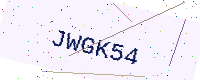
Text: JWGK54